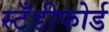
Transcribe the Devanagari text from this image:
स्टँडीफोर्ड